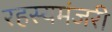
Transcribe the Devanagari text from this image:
रहस्यमंजरी